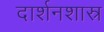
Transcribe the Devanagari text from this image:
दार्शनशास्र